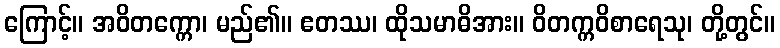
ကြောင့်။ အဝိတက္ကော၊ မည်၏။ ဧတဿ၊ ထိုသမာဓိအား။ ဝိတက္ကဝိစာရေသု၊ တို့တွင်။